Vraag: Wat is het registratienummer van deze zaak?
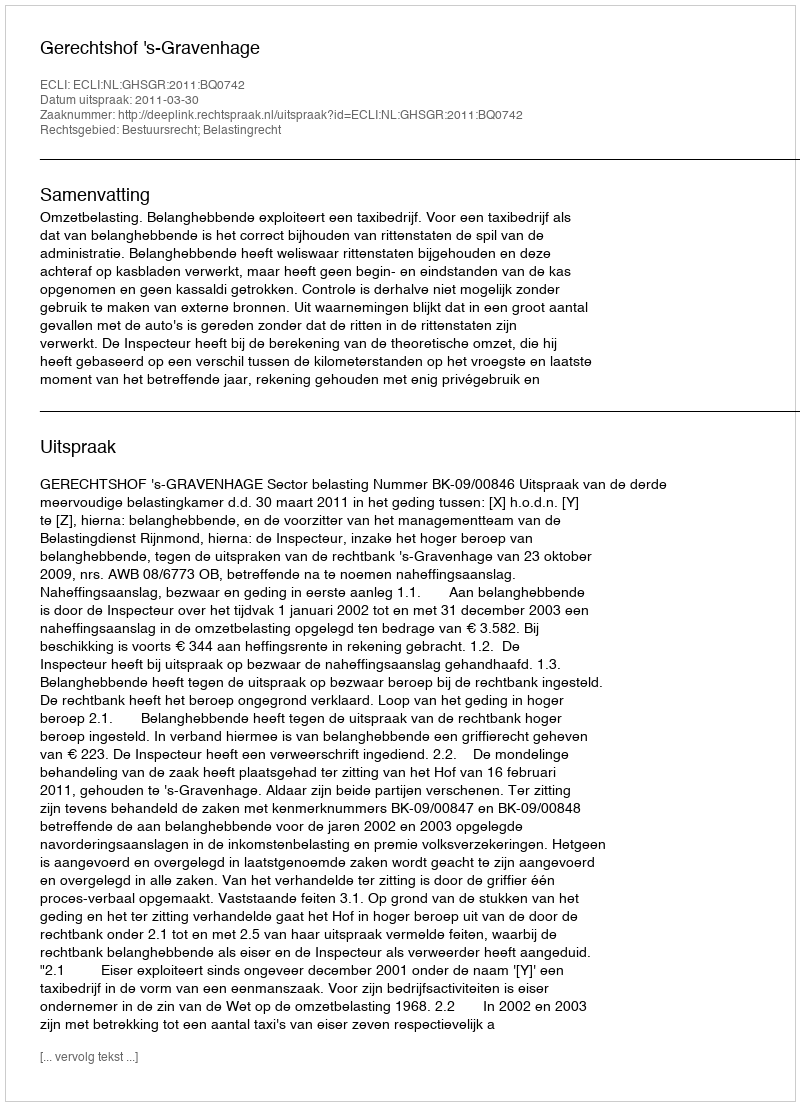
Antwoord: http://deeplink.rechtspraak.nl/uitspraak?id=ECLI:NL:GHSGR:2011:BQ0742